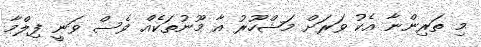
މި ތަރިންނާ އެކު ވަރަށް މަޝްހޫރު އާ މޫނުތަކެއް ވެސް ވަނީ ފިލްމާ